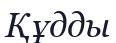
Құдды